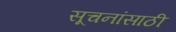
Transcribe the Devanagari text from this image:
सूचनांसाठी